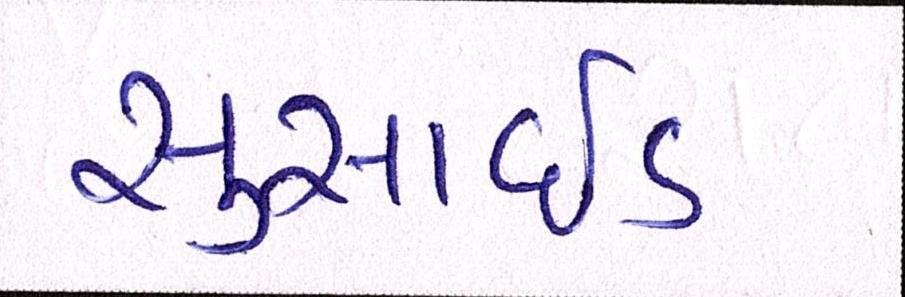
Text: સુસાઈડ